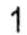
1